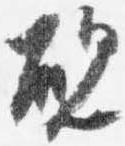
硯